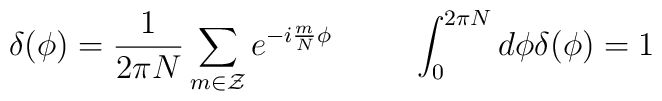
\delta(\phi)=\frac{1}{2\pi N}\sum_{m\in \cal{Z}}e^{-i\frac{m}{N}\phi}\hspace{10mm}\int_0^{2\pi N}d\phi\delta(\phi)=1